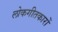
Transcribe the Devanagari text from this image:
लोकगीतकारों